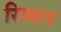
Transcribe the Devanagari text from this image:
रिब्बन